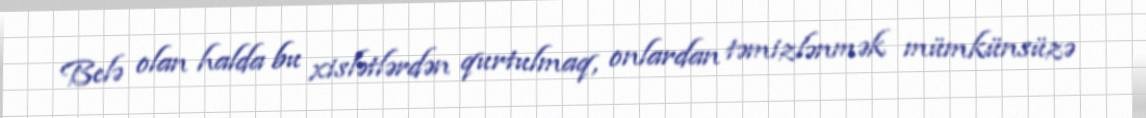
Belə olan halda bu xislətlərdən qurtulmaq, onlardan təmizlənmək mümkünsüzə